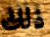
ذلك